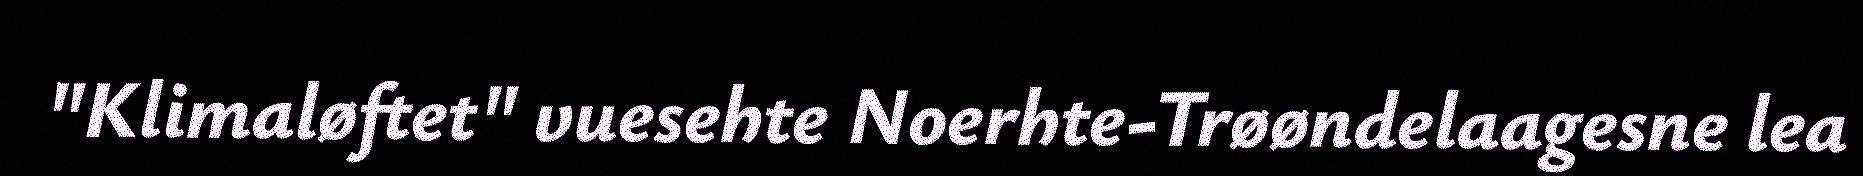
"Klimaløftet" vuesehte Noerhte-Trøøndelaagesne lea